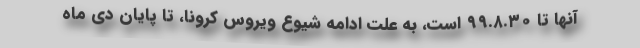
آنها تا ۹۹.۸.۳۰ است، به علت ادامه شیوع ویروس کرونا، تا پایان دی ماه